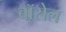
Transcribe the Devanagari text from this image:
बॉसेल